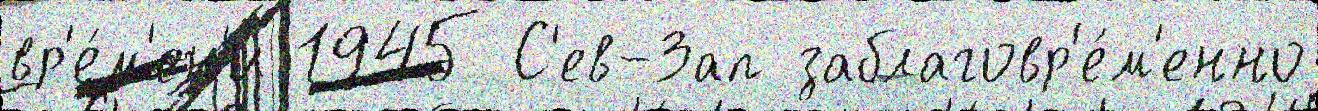
вр'е́м'ен'и 1945 С'ев-Зап заблаговр'е́м'енно